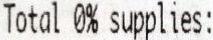
TOTAL 0% SUPPLIES: